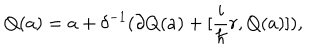
LaTeX: Q ( a ) = a + \delta ^ { - 1 } ( \partial Q ( a ) + [ \frac { i } { \hbar } r , Q ( a ) ] ) ,